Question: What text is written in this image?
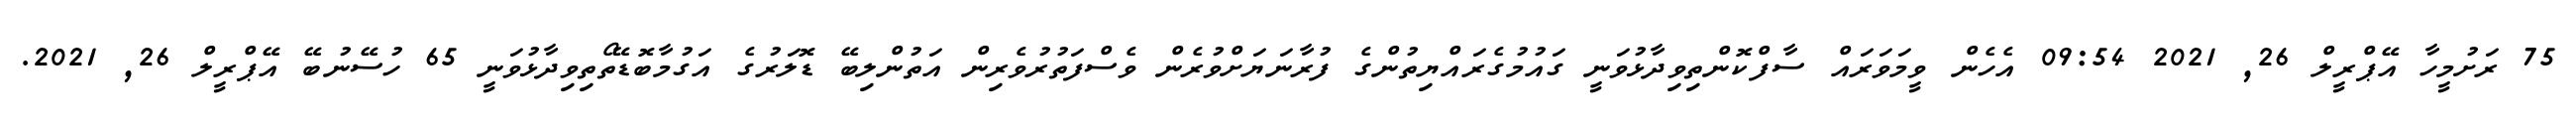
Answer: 75 ރަށުމީހާ އޭޕްރީލް 26, 2021 09:54 އެހެން ވީމަވަރައް ސާފްކޮންތިވިދާޅުވަނީ ގައުމުގެރައްޔިތުންގެ ފުރާނަޔަށްވުރެން ވެސްފަތުރުވެރިން އަތުންލިބޭ ޑޮލަރުގެ އަގުމާބޮޑޭތޯތިވިދާޅުވަނީ 65 ހުސޭނުބޭ އޭޕްރީލް 26, 2021.